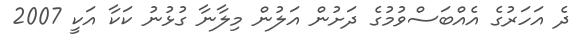
ދެ އަހަރުގެ އެއްބަސްވުމުގެ ދަށުން އަލުން މިލާނާ ގުޅުނު ކަކާ އަކީ 2007